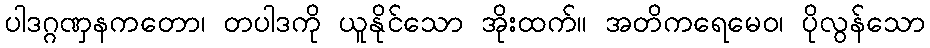
ပါဒဂ္ဂဏှနကတော၊ တပါဒကို ယူနိုင်သော အိုးထက်။ အတိကရေမေဝ၊ ပိုလွန်သော